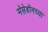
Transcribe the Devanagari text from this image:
मॅसेडॉनच्या